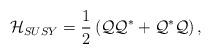
LaTeX: \begin{align*}{\cal H}_{SUSY}={1\over2}\left({\cal Q}{\cal Q}^*+{\cal Q}^*{\cal Q}\right),\end{align*}